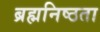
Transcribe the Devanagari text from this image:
ब्रह्मनिष्ठता